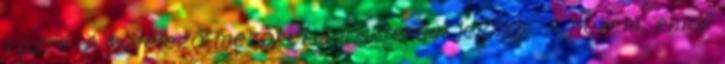
közzé. A kötelező mezőket karakterrel jelöljük. A nevem, email